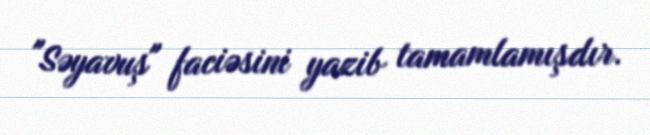
"Səyavuş" faciəsini yazib tamamlamışdır.